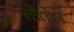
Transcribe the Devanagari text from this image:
मौतोन